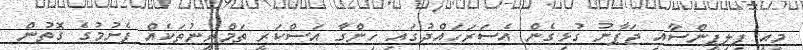
މިއީ ފިލިޕީންސާއި ޖަޕާނު ގުޅިގެން އެސަރަހައްދުގައި ހިންގާ އަސްކަރީ ތަމްރީނުތަކެއް ފެށުމުގެ ގޮތުން